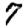
Digit: 7